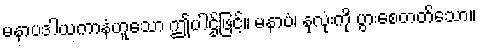
မနာပဒါယကာနံဟူသော ဤပါဌ်ဖြင့်။ မနာပံ၊ နှလုံးကို ပွားစေတတ်သော။